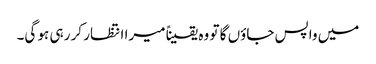
میں واپس جاؤں گا تو وہ یقیناً میرا انتظار کر رہی ہو گی۔